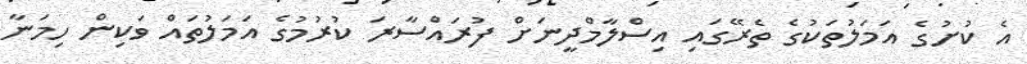
އެ ކުށުގެ އަމަލުތަކުގެ ތެރޭގައި އިސްލާމްދީނަށް ފުރައްސާރަ ކުރުމުގެ އަމަލުތައް ވަކިން ހިމަނާ